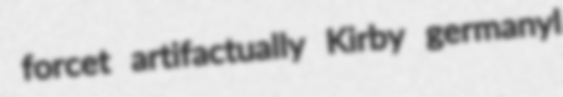
forcet artifactually Kirby germanyl